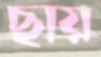
ছায়